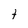
Character: t